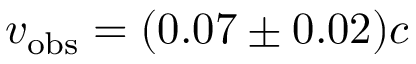
v _ { \mathrm { o b s } } = ( 0 . 0 7 \pm 0 . 0 2 ) c